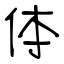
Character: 体